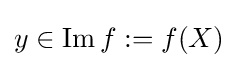
y\in \operatorname {Im} f:=f(X)